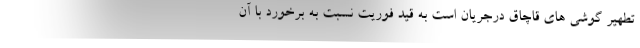
تطهیر گوشی های قاچاق درجریان است به قید فوریت نسبت به برخورد با آن